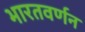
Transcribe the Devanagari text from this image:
भारतवर्णन